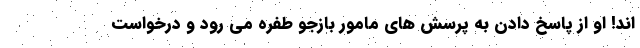
اند! او از پاسخ دادن به پرسش های مامور بازجو طفره می رود و درخواست